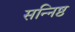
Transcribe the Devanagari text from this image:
सन्निष्ठ